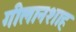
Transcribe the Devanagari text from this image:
गीलानशाह